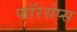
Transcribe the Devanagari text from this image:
फॉरसेप्स